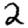
Digit: 2